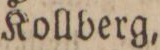
Kollberg,